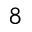
^ 8